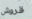
قروش